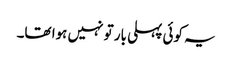
یہ کوئی پہلی بار تو نہیں ہوا تھا۔